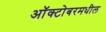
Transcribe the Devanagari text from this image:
ऑक्टोबरमधील